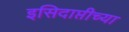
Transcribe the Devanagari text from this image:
इसिदाप्तीच्या